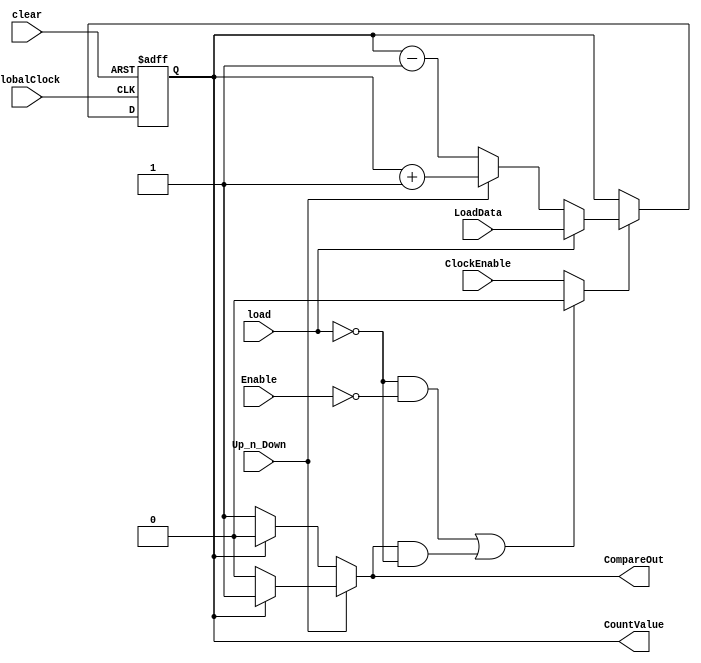
/******************************************************************************
 ** Logisim goes FPGA automatic generated Verilog code                       **
 **                                                                          **
 ** Component : LogisimCounter                                               **
 **                                                                          **
 ******************************************************************************/

module LogisimCounter( ClockEnable,
                       Enable,
                       GlobalClock,
                       LoadData,
                       Up_n_Down,
                       clear,
                       load,
                       CompareOut,
                       CountValue);

   /***************************************************************************
    ** Here all module parameters are defined with a dummy value             **
    ***************************************************************************/
   parameter mode = 1;
   parameter ClkEdge = 1;
   parameter max_val = 1;
   parameter width = 1;


   /***************************************************************************
    ** Here the inputs are defined                                           **
    ***************************************************************************/
   input  ClockEnable;
   input  Enable;
   input  GlobalClock;
   input[width-1:0]  LoadData;
   input  Up_n_Down;
   input  clear;
   input  load;

   /***************************************************************************
    ** Here the outputs are defined                                          **
    ***************************************************************************/
   output CompareOut;
   output[width-1:0] CountValue;

   /***************************************************************************
    ** Here the internal wires are defined                                   **
    ***************************************************************************/
   wire s_real_enable;
   reg s_carry;
   reg[width-1:0] s_counter_value;
   reg[width-1:0] s_counter_value_neg_edge;
   reg[width-1:0] s_next_counter_value;

   /***************************************************************************
    ** Functionality of the counter:                                         **
    ** __Load_Count_|_mode                                                   **
    ** ____0____0___|_halt                                                   **
    ** ____0____1___|_count_up_(default)                                     **
    ** ____1____0___|load                                                    **
    ** ____1____1___|_count_down                                             **
    ***************************************************************************/

   assign CompareOut = s_carry;
   assign CountValue = (ClkEdge) ? s_counter_value : s_counter_value_neg_edge;

   always@(*)
   begin
      if (Up_n_Down)
         begin
            if (ClkEdge)
               s_carry = (s_counter_value == max_val) ? 1'b1 : 1'b0;
            else
               s_carry = (s_counter_value_neg_edge == max_val) ? 1'b1 : 1'b0;
         end
      else
         begin
            if (ClkEdge)
               s_carry = (s_counter_value == 0) ? 1'b1 : 1'b0;
            else
               s_carry = (s_counter_value_neg_edge == 0) ? 1'b1 : 1'b0;
         end
   end

   assign s_real_enable = ((~(load)&~(Enable))|
                           ((mode==1)&s_carry&~(load))) ? 1'b0 : ClockEnable;

   always @(*)
   begin
      if ((load)|((mode==3)&s_carry))
         s_next_counter_value = LoadData;
      else if ((mode==0)&s_carry&Up_n_Down)
         s_next_counter_value = 0;
      else if ((mode==0)&s_carry)
         s_next_counter_value = max_val;
      else if (Up_n_Down)
         begin
            if (ClkEdge)
               s_next_counter_value = s_counter_value + 1;
            else
               s_next_counter_value = s_counter_value_neg_edge + 1;
         end
      else
         begin
            if (ClkEdge)
               s_next_counter_value = s_counter_value - 1;
            else
               s_next_counter_value = s_counter_value_neg_edge - 1;
         end
   end

   always @(posedge GlobalClock or posedge clear)
   begin
       if (clear) s_counter_value <= 0;
       else if (s_real_enable) s_counter_value <= s_next_counter_value;
   end

   always @(negedge GlobalClock or posedge clear)
   begin
       if (clear) s_counter_value_neg_edge <= 0;
       else if (s_real_enable) s_counter_value_neg_edge <= s_next_counter_value;
   end


endmodule